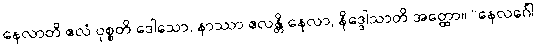
နေလာတိ ဧလံ ဝုစ္စတိ ဒေါသော, နာဿာ ဧလန္တိ နေလာ, နိဒ္ဒေါသာတိ အတ္ထော။ “နေလင်္ဂေါ